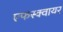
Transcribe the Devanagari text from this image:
एफस्क्वायर